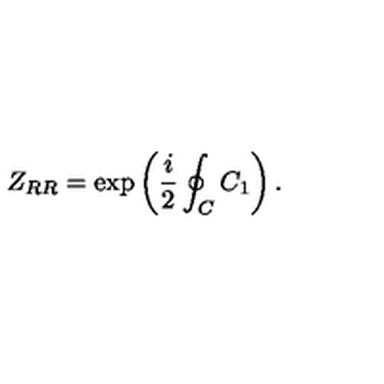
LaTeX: Z _ { R R } = \exp \left( \frac { i } { 2 } \oint _ { C } C _ { 1 } \right) .